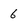
Character: 6